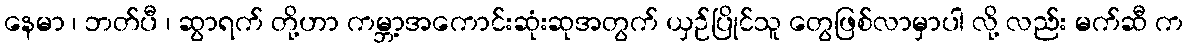
နေမာ ၊ ဘတ်ပီ ၊ ဆွာရက် တို့ဟာ ကမ္ဘာ့အကောင်းဆုံးဆုအတွက် ယှဉ်ပြိုင်သူ တွေဖြစ်လာမှာပါ လို့ လည်း မက်ဆီ က